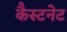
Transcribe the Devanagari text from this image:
कैस्टनेट